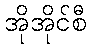
အိုအိုင်စီ